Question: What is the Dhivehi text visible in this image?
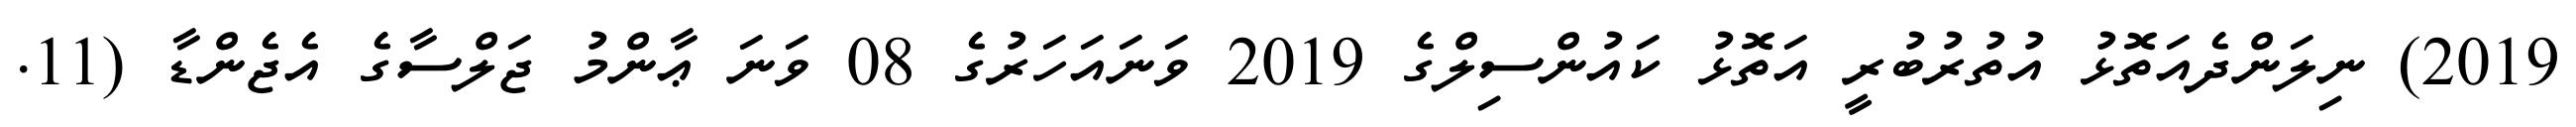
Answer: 2019) ނިލަންދެއަތޮޅު އުތުރުބުރީ އަތޮޅު ކައުންސިލްގެ 2019 ވަނައަހަރުގެ 08 ވަނަ ޢާންމު ޖަލްސާގެ އެޖެންޑާ (11.